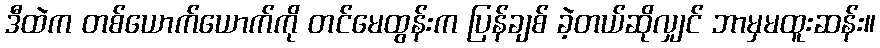
ဒီထဲက တစ်ယောက်ယောက်ကို တင်မေထွန်းက ပြန်ချစ် ခဲ့တယ်ဆိုလျှင် ဘာမှမထူးဆန်း။